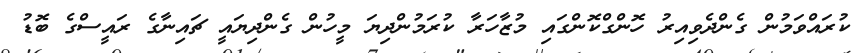
ކުރައްވަމުން ގެންދެވިއިރު ހޮންގްކޮންގައި މުޒާހަރާ ކުރަމުންދިޔަ މީހުން ގެންދިޔައީ ޗައިނާގެ ރައީސްގެ ބޮޑު